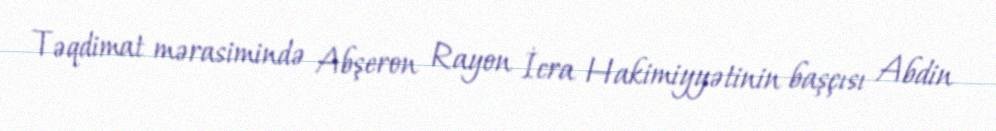
Təqdimat mərasimində Abşeron Rayon İcra Hakimiyyətinin başçısı Abdin